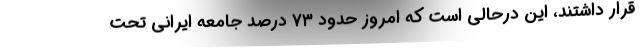
قرار داشتند، این درحالی است که امروز حدود ۷۳ درصد جامعه ایرانی تحت